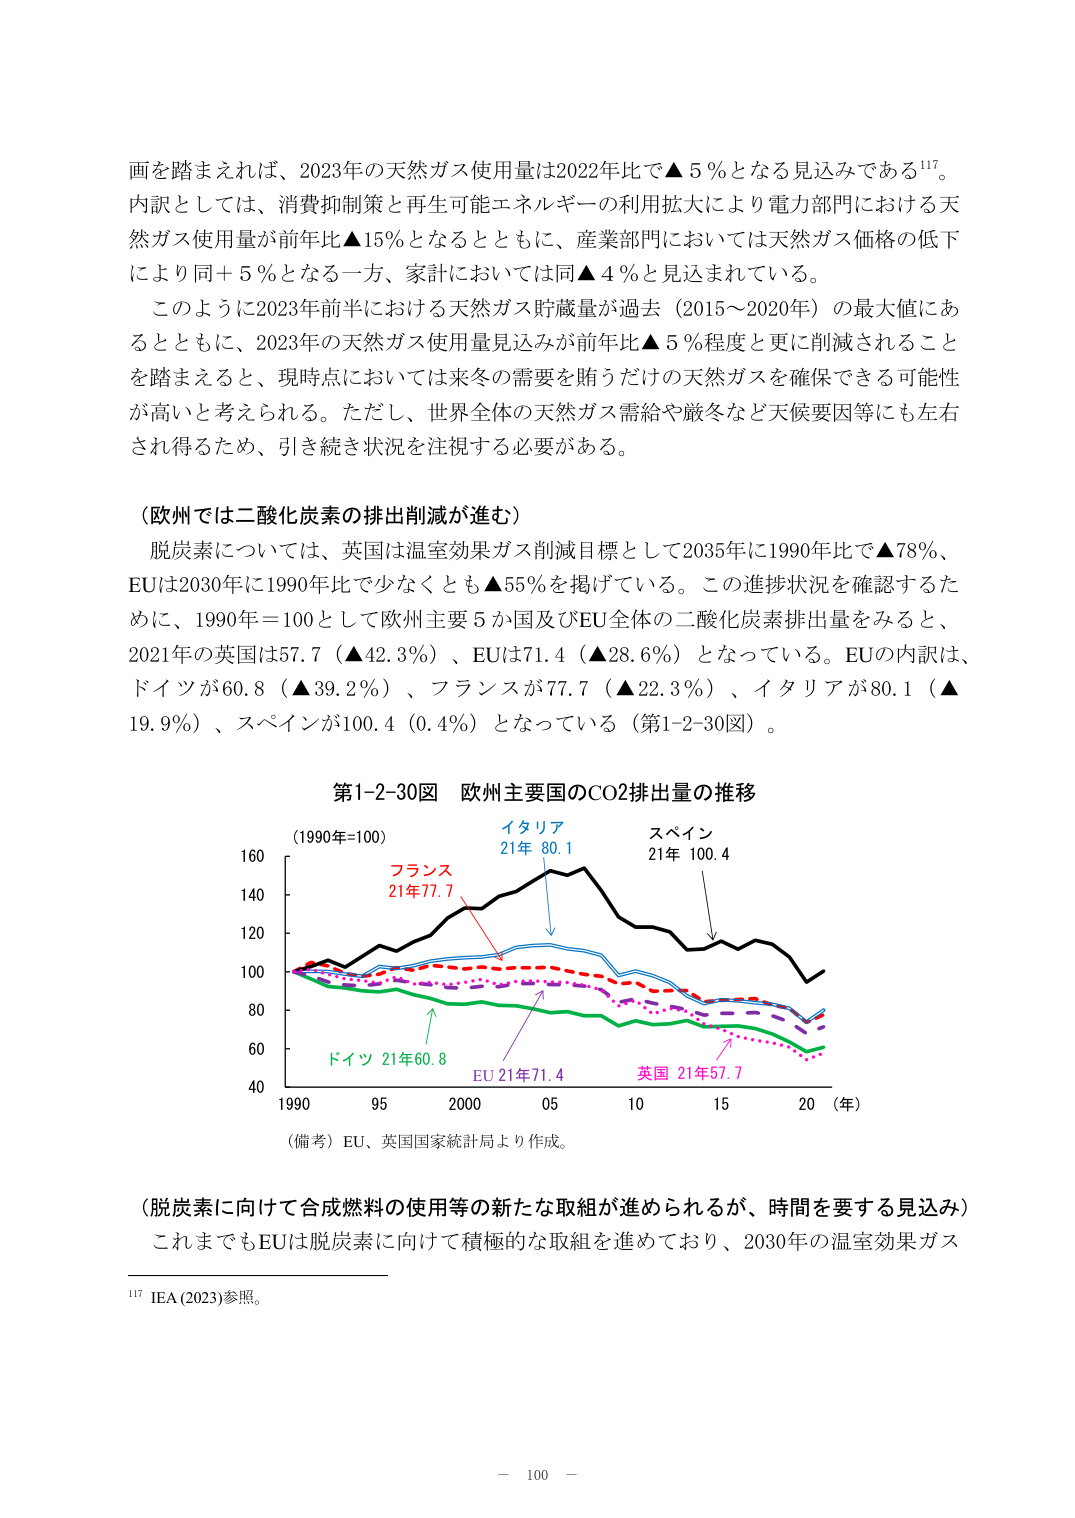
画を踏まえれば、2023年の天然ガス使用量は2022年比で▲5％となる見込みである¹¹⁷。
内訳としては、消費抑制策と再生可能エネルギーの利用拡大により電力部門における天然ガス使用量が前年比▲15％となるとともに、産業部門においては天然ガス価格の低下により同＋5％となる一方、家計においては同▲4％と見込まれている。
このように2023年前半における天然ガス貯蔵量が過去（2015～2020年）の最大値にあるとともに、2023年の天然ガス使用量見込みが前年比▲5％程度と更に削減されることを踏まえると、現時点においては来冬の需要を賄うだけの天然ガスを確保できる可能性が高いと考えられる。ただし、世界全体の天然ガス需給や厳冬など天候要因等にも左右され得るため、引き続き状況を注視する必要がある。

（欧州では二酸化炭素の排出削減が進む）
脱炭素については、英国は温室効果ガス削減目標として2035年に1990年比で▲78％、EUは2030年に1990年比で少なくとも▲55％を掲げている。この進捗状況を確認するために、1990年＝100として欧州主要5か国及びEU全体の二酸化炭素排出量をみると、2021年の英国は57.7（▲42.3％）、EUは71.4（▲28.6％）となっている。EUの内訳は、ドイツが60.8（▲39.2％）、フランスが77.7（▲22.3％）、イタリアが80.1（▲19.9％）、スペインが100.4（0.4％）となっている（第1-2-30図）。

第1-2-30図　欧州主要国のCO2排出量の推移
（1990年=100）
イタリア
21年 80.1
スペイン
21年 100.4
フランス
21年77.7
ドイツ 21年60.8
EU 21年71.4
英国 21年57.7
（備考）EU、英国国家統計局より作成。

（脱炭素に向けて合成燃料の使用等の新たな取組が進められるが、時間を要する見込み）
これまでもEUは脱炭素に向けて積極的な取組を進めており、2030年の温室効果ガス

¹¹⁷ IEA (2023)参照。

－ 100 －